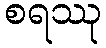
စရဿု